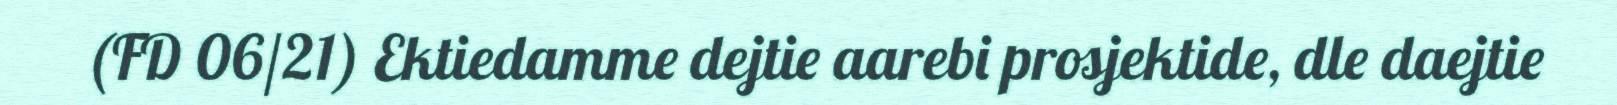
(FD 06/21) Ektiedamme dejtie aarebi prosjektide, dle daejtie